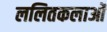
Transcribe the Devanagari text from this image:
ललितकलाओं